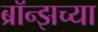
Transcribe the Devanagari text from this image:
ब्रॉन्झच्या